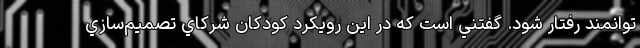
توانمند رفتار شود. گفتني است كه در اين رويكرد كودكان شركاي تصميم‌سازي